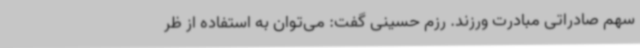
سهم صادراتی مبادرت ورزند. رزم حسینی گفت: می‌توان به استفاده از ظر